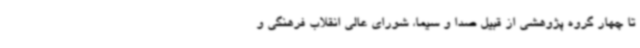
تا چهار گروه پژوهشی از قبیل صدا و سیما، شورای عالی انقلاب فرهنگی و